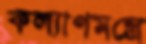
কল্যাণমন্ত্রে